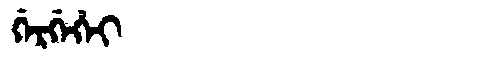
Manchu: ᡤᡝᡵᡤᡝᡥᡝᡳ
Romanization: GERGEHEI